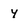
Character: y